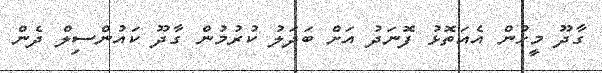
ގާދޫ މީހުން އެއަތޮޅު ފޮނަދު އަށް ބަދަލު ކުރުމުން ގާދޫ ކައުންސިލް ދެން